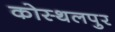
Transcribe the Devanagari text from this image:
कोस्थलपुर